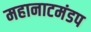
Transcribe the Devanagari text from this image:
महानाटमंडप